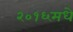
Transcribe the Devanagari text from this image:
२०१६मधे